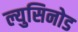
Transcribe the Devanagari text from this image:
ल्युसिनोड